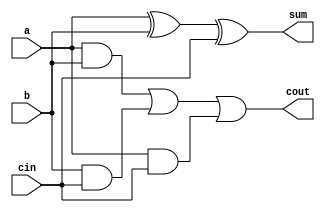
module FA(sum,cout,a,b,cin);

    input a,b,cin;
    output sum,cout;

    assign sum=(a^b^cin);
    assign cout= (a&b)|(b&cin)|(a&cin);

endmodule

module PP(pc,c,d);

    input c,d;
    output pc;

    assign pc= c&d;

endmodule

module Arraymul_eight_four (
    input [7:0]A,
    input [3:0]B,
    output [11:0] R 
);

    wire [64:0]s,c;   //for sum and carry bits
    wire [7:0]pp;    //for partial product calculation

    //row0 --- calculation of partial product block

    PP PP01(pp[0],A[0],B[0]);
    PP PP02(pp[1],A[1],B[0]);
    PP PP03(pp[2],A[2],B[0]);
    PP PP04(pp[3],A[3],B[0]);
    PP PP05(pp[4],A[4],B[0]);
    PP PP06(pp[5],A[5],B[0]);
    PP PP07(pp[6],A[6],B[0]);
    PP PP08(pp[7],A[7],B[0]);

    //row1

    FA FA11(s[0],c[0],(A[0]&B[1]),pp[1],1'b0);
    FA FA12(s[1],c[1],(A[1]&B[1]),pp[2],c[0]);
    FA FA13(s[2],c[2],(A[2]&B[1]),pp[3],c[1]);
    FA FA14(s[3],c[3],(A[3]&B[1]),pp[4],c[2]);
    FA FA15(s[4],c[4],(A[4]&B[1]),pp[5],c[3]);
    FA FA16(s[5],c[5],(A[5]&B[1]),pp[6],c[4]);
    FA FA17(s[6],c[6],(A[6]&B[1]),pp[7],c[5]);
    FA FA18(s[7],c[7],(A[7]&B[1]),1'b0,c[6]);

    //row2
    FA FA21(s[8],c[8],(A[0]&B[2]),s[1],1'b0);
    FA FA22(s[9],c[9],(A[1]&B[2]),s[2],c[8]);
    FA FA23(s[10],c[10],(A[2]&B[2]),s[3],c[9]);
    FA FA24(s[11],c[11],(A[3]&B[2]),s[4],c[10]);
    FA FA25(s[12],c[12],(A[4]&B[2]),s[5],c[11]);
    FA FA26(s[13],c[13],(A[5]&B[2]),s[6],c[12]);
    FA FA27(s[14],c[14],(A[6]&B[2]),s[7],c[13]);
    FA FA28(s[15],c[15],(A[7]&B[2]),c[7],c[14]);

    //row3
    FA FA31(s[16],c[16],(A[0]&B[3]),s[9],1'b0);
    FA FA32(s[17],c[17],(A[1]&B[3]),s[10],c[16]);
    FA FA33(s[18],c[18],(A[2]&B[3]),s[11],c[17]);
    FA FA34(s[19],c[19],(A[3]&B[3]),s[12],c[18]);
    FA FA35(s[20],c[20],(A[4]&B[3]),s[13],c[19]);
    FA FA36(s[21],c[21],(A[5]&B[3]),s[14],c[20]);
    FA FA37(s[22],c[22],(A[6]&B[3]),s[15],c[21]);
    FA FA38(s[23],c[23],(A[7]&B[3]),c[15],c[22]);

    assign R[0] = pp[0];
    assign R[1] = s[0];
    assign R[2] = s[8];
    assign R[3] = s[16];
    assign R[4] = s[17];
    assign R[5] = s[18];
    assign R[6] = s[19];
    assign R[7] = s[20];
    assign R[8] = s[21];
    assign R[9] = s[22];
    assign R[10] = s[23];
    assign R[11] = c[23];

endmodule